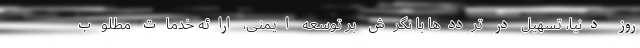
روز دنیا، تسهیل در ترددها با نگرش بر توسعه ایمنی، ارائه خدمات مطلوب